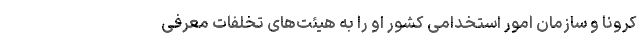
کرونا و سازمان امور استخدامی کشور او را به هیئت‌های تخلفات معرفی